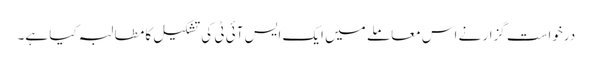
درخواست گزار نے اس معاملے میں ایک ایس آئی ٹی کی تشکیل کا مطالبہ کیا ہے۔